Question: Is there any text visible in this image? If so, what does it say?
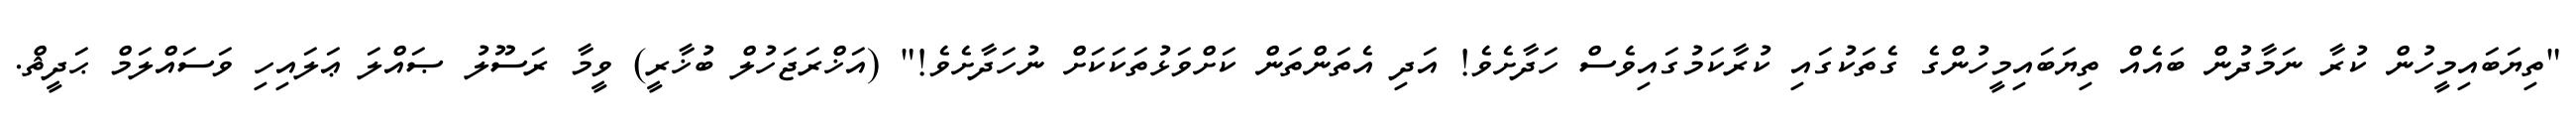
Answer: "ތިޔަބައިމީހުން ކުރާ ނަމާދުން ބައެއް ތިޔަބައިމީހުންގެ ގެތަކުގައި ކުރާކަމުގައިވެސް ހަދާށެވެ! އަދި އެތަންތަން ކަށްވަޅުތަކަކަށް ނުހަދާށެވެ!" (އަޚްރަޖަހުލް ބުޚާރީ) ވީމާ ރަސޫލު ޞައްލަ ޢަލައިހި ވަސައްލަމް ޙަދީޘް.